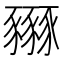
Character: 𧲏